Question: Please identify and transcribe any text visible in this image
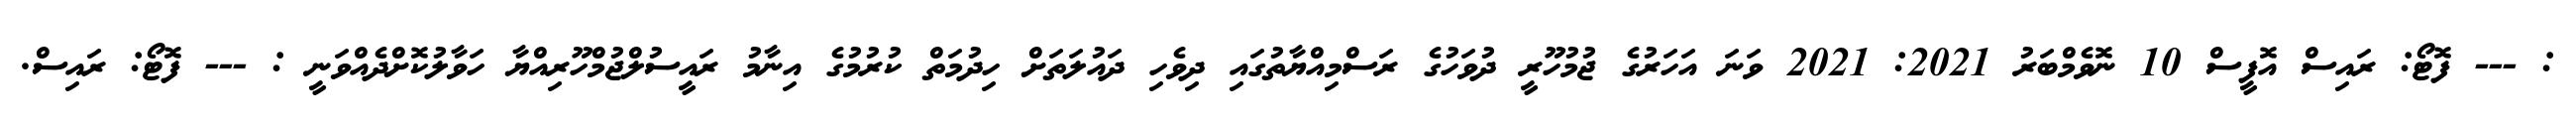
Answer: : --- ފޮޓޯ: ރައިސް އޮފީސް 10 ނޮވެމްބަރު 2021: 2021 ވަނަ އަހަރުގެ ޖުމުހޫރީ ދުވަހުގެ ރަސްމިއްޔާތުގައި ދިވެހި ދައުލަތަށް ހިދުމަތް ކުރުމުގެ އިނާމު ރައީސުލްޖުމްހޫރިއްޔާ ހަވާލުކޮށްދެއްވަނީ : --- ފޮޓޯ: ރައިސް.